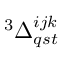
{ } ^ { 3 } \Delta _ { q s t } ^ { i j k }